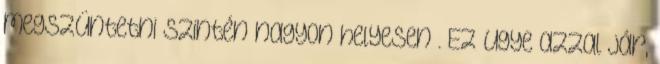
megszüntetni szintén nagyon helyesen . Ez ugye azzal jár,